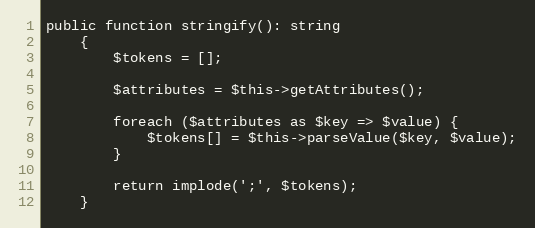
Language: PHP
public function stringify(): string
    {
        $tokens = [];

        $attributes = $this->getAttributes();

        foreach ($attributes as $key => $value) {
            $tokens[] = $this->parseValue($key, $value);
        }

        return implode(';', $tokens);
    }